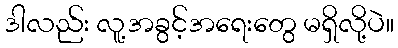
ဒါလည်း လူ့အခွင့်အရေးတွေ မရှိလို့ပဲ။